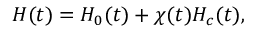
\begin{array} { r } { H ( t ) = H _ { 0 } ( t ) + \chi ( t ) H _ { c } ( t ) , } \end{array}